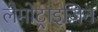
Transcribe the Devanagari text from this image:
लैमोट्राइजिन